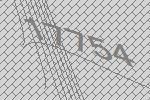
17754